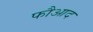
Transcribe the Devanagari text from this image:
फौआद